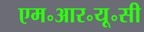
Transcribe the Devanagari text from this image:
एम॰आर॰यू॰सी